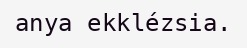
anya ekklézsia.